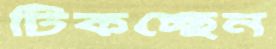
টিকচ্ছেন